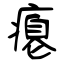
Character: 瘪